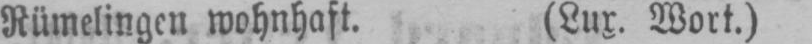
Rümelingen wohnhaft. (Lux. Wort.)